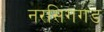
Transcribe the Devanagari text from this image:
नरसिंगगड